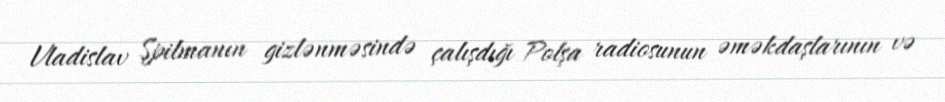
Vladislav Şpilmanın gizlənməsində çalışdığı Polşa radiosunun əməkdaşlarının və